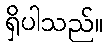
ရှိပါသည်။